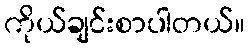
ကိုယ်ချင်းစာပါတယ်။